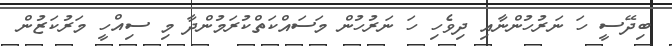
ބިދޭސީ ހަ ނަރުހުންނާއި ދިވެހި ހަ ނަރުހުން މަސައްކަތްކުރަމުންދާ މި ސިއްހީ މަރުކަޒުން